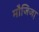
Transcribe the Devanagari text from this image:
मौजिजा़